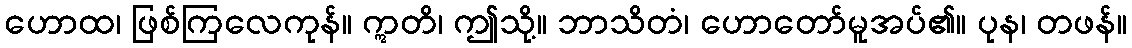
ဟောထ၊ ဖြစ်ကြလေကုန်။ ဣတိ၊ ဤသို့။ ဘာသိတံ၊ ဟောတော်မူအပ်၏။ ပုန၊ တဖန်။